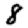
Digit: 8